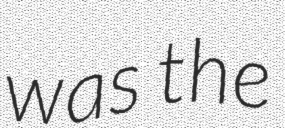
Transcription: was the